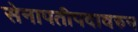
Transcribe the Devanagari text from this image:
सेनापतीपदावरुन